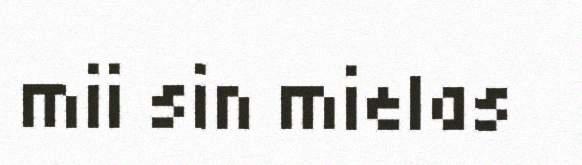
mii sin mielas